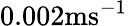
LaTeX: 0.002\textnormal{ms}^{-1}